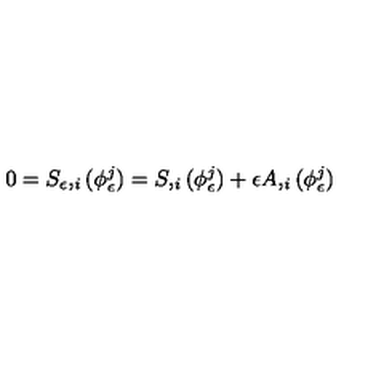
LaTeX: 0 = S _ { \epsilon } , _ { i } ( \phi _ { \epsilon } ^ { j } ) = S , _ { i } ( \phi _ { \epsilon } ^ { j } ) + \epsilon A , _ { i } ( \phi _ { \epsilon } ^ { j } )